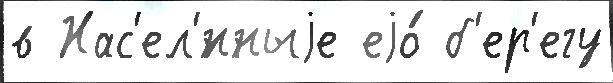
в Нас'ел'́нныjе еjо́ б'ер'егу